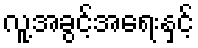
လူ့အခွင့်အရေးနှင့်